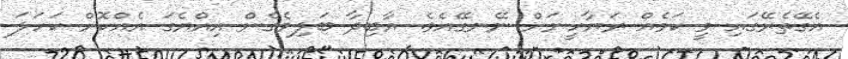
އެގޭތެރޭގައި ވީ ކަމެއް ރަޔާހީނަށް ނޭނގޭއެވެ. އާބިދާާ ބަލިވެގެން އިއްޔެގަ އެއްކޮށް ކަހަލަ